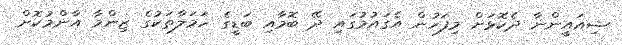
ޝިއައީންނާ ދެކޮޅަށް މިފަހުން އެގައުމުގައި ދޭ ބޮމާއި ބަޑީގެ ހަމަލާތަކުގެ ޒިންމާ އާންމުކޮށް